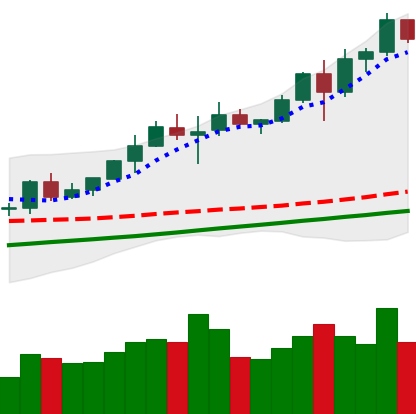
Ticker: BNB-USD
Chart end date: 2020-08-06
Forward return: -6.389%
Label: down_5_7